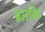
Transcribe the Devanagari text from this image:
ब्रतकि